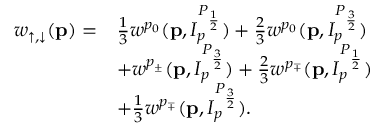
\begin{array} { r l } { w _ { \uparrow , \downarrow } ( \mathbf { p } ) = } & { \frac { 1 } { 3 } w ^ { p _ { 0 } } ( \mathbf { p } , I _ { p } ^ { P _ { \frac { 1 } { 2 } } } ) + \frac { 2 } { 3 } w ^ { p _ { 0 } } ( \mathbf { p } , I _ { p } ^ { P _ { \frac { 3 } { 2 } } } ) } \\ & { + w ^ { p _ { \pm } } ( \mathbf { p } , I _ { p } ^ { P _ { \frac { 3 } { 2 } } } ) + \frac { 2 } { 3 } w ^ { p _ { \mp } } ( \mathbf { p } , I _ { p } ^ { P _ { \frac { 1 } { 2 } } } ) } \\ & { + \frac { 1 } { 3 } w ^ { p _ { \mp } } ( \mathbf { p } , I _ { p } ^ { P _ { \frac { 3 } { 2 } } } ) . } \end{array}